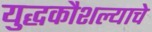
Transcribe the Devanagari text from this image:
युद्धकौशल्याचे